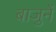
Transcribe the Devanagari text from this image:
बाजुनें